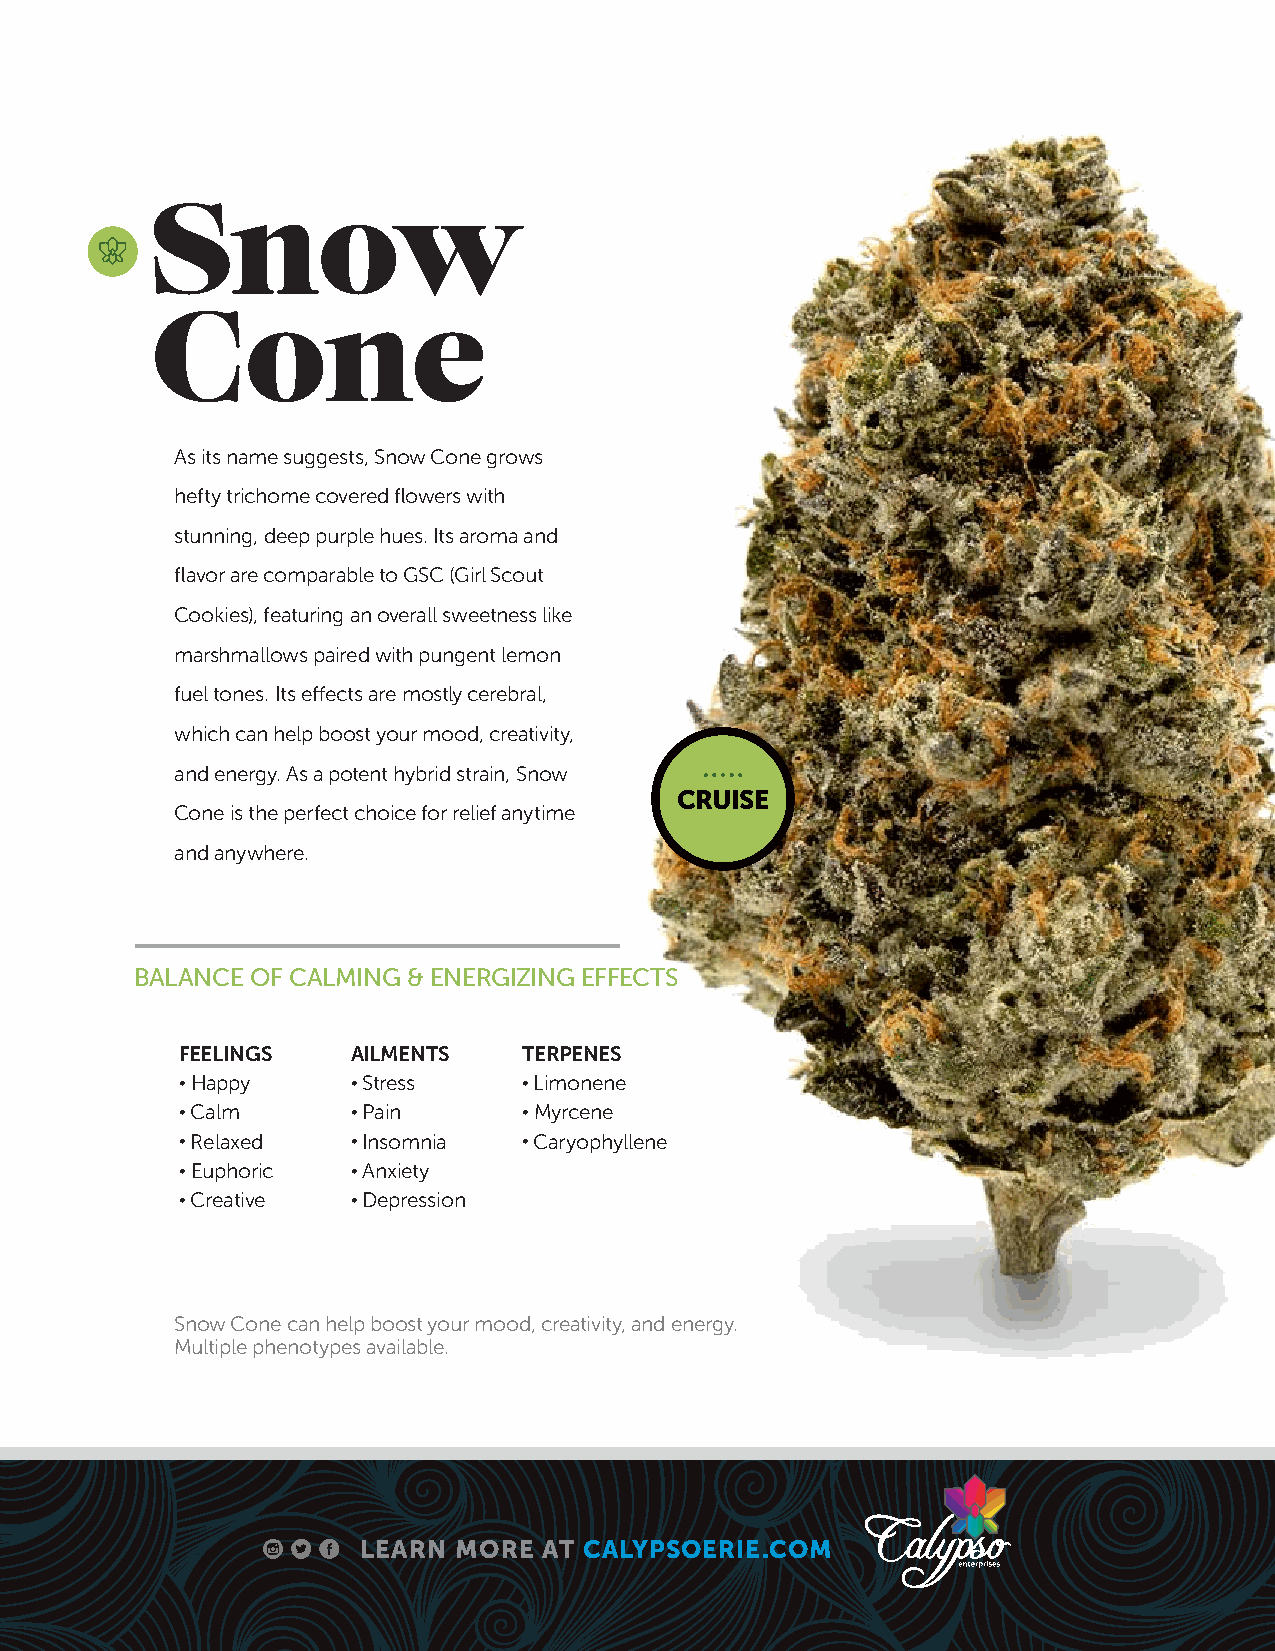
Snow
 Cone
 As its name suggests, Snow Cone grows
 hefty trichome covered flowers with
 stunning, deep purple hues. Its aroma and
 flavor are comparable to GSC (Girl Scout
 Cookies), featuring an overall sweetness like
 marshmallows paired with pungent lemon
 fuel tones. Its effects are mostly cerebral,
 which can help boost your mood, creativity,
 and energy. As a potent hybrid strain, Snow
 CRUISE
 Cone is the perfect choice for relief anytime
 and anywhere.
 BALANCE OF CALMING & ENERGIZING EFFECTS
 FEELINGS   AILMENTS    TERPENES
 • Happy    • Stress    • Limonene
 • Calm     • Pain      • Myrcene
 • Relaxed  • Insomnia  • Caryophyllene
 • Euphoric • Anxiety
 • Creative • Depression
 Snow Cone can help boost your mood, creativity, and energy.
 Multiple phenotypes available.
 LEARN MORE  AT CALYPSOERIE.COM